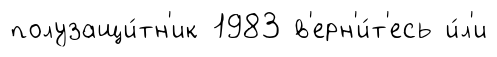
полузащи́тн'ик 1983 в'ерн'и́т'есь и́л'и